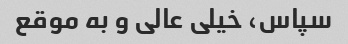
سپاس، خیلی عالی و به موقع